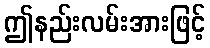
ဤနည်းလမ်းအားဖြင့်